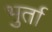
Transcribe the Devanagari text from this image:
भुर्ता